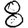
Digit: 8